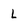
Character: L